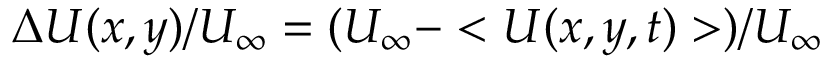
\Delta U ( x , y ) / U _ { \infty } = ( U _ { \infty } - < U ( x , y , t ) > ) / U _ { \infty }